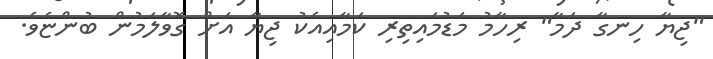
"ޖިޔާ ހިނގާ ދަމާ" ރިހާމު މަޑުމައިތިރި ކަމާއިއެކު ޖިޔާ އަށް ގޮވާލަމުން ބުންޏެވެ.